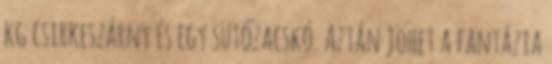
kg csirkeszárny és egy sütőzacskó. Aztán jöhet a fantázia